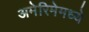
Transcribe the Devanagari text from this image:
अमेरिमेमध्ये